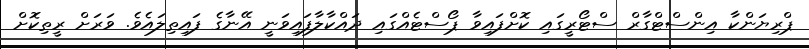
ޕްރިޔަންކާ އިންސްޓްގާރް ސްޓޯރީގައި ކޮށްފައިވާ ޕޯސްޓެއްގައި ދައްކާލާފައިވަނީ އޭނާގެ ފައިތިލައެވެ. ވަރަށް ރީތިކޮށް